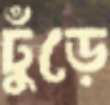
ঢুঁড়ে